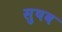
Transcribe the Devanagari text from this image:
सुषव